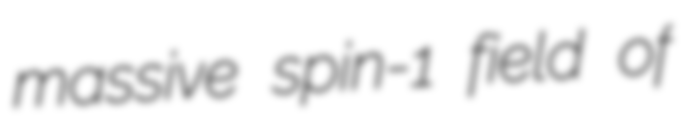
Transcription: massive spin-1 field of